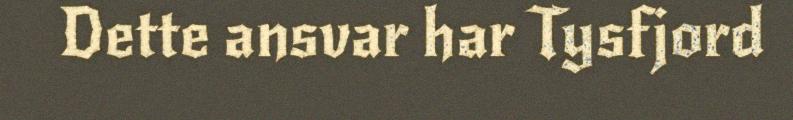
Dette ansvar har Tysfjord